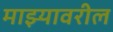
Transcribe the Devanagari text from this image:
माझ्यावरील